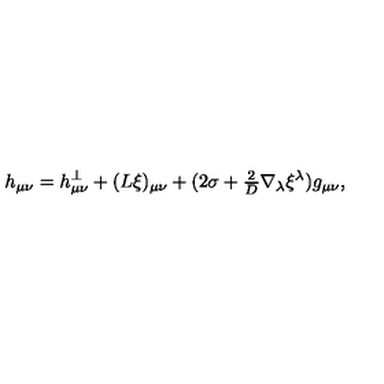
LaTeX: h _ { \mu \nu } = h _ { \mu \nu } ^ { \perp } + ( L \xi ) _ { \mu \nu } + ( 2 \sigma + { \textstyle { \frac { 2 } { D } } } \nabla _ { \lambda } \xi ^ { \lambda } ) g _ { \mu \nu } ,